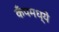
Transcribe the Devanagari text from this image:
कँपमध्ये